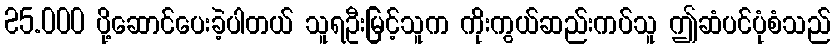
25.000 ပို့ဆောင်ပေးခဲ့ပါတယ် သူရဦးမြင့်သူက ကိုးကွယ်ဆည်းကပ်သူ ဤဆံပင်ပုံစံသည်